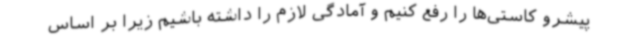
پیشرو کاستی‌ها را رفع کنیم و آمادگی لازم را داشته باشیم زیرا بر اساس